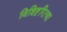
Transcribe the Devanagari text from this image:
विशिष्टरित्या